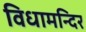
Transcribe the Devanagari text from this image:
विधामन्दिर